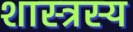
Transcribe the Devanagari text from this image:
शास्त्रस्य